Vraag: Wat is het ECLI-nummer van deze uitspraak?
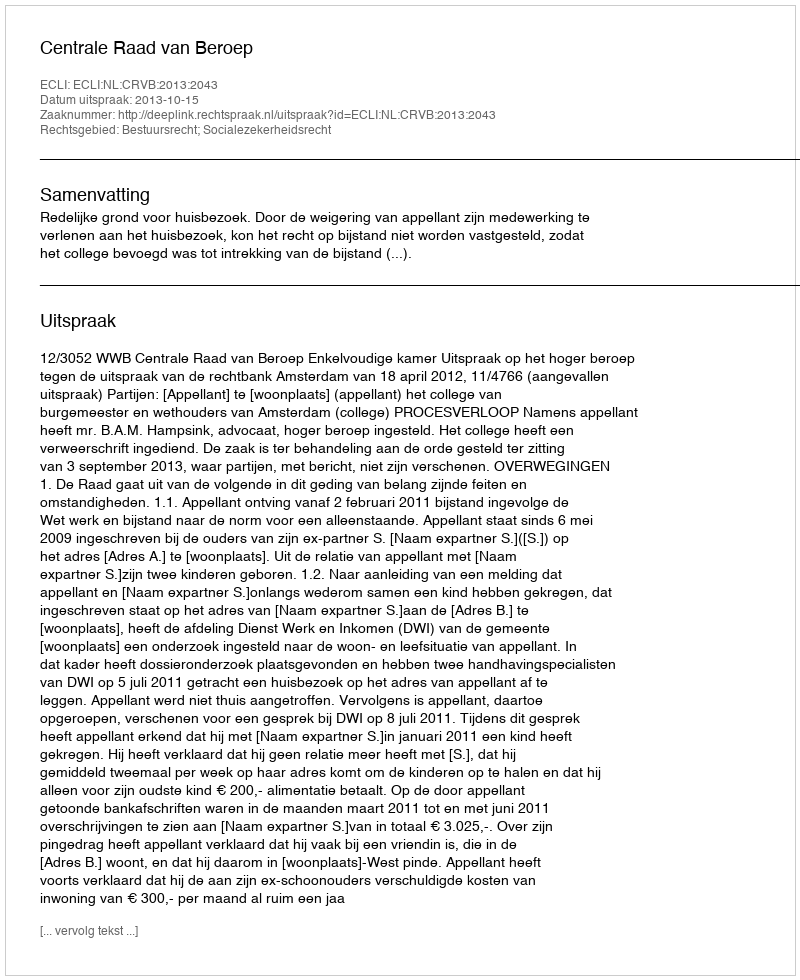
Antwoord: ECLI:NL:CRVB:2013:2043